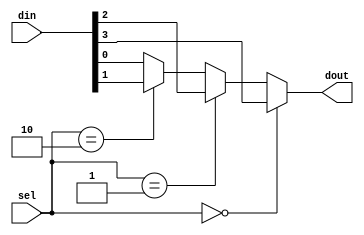
`timescale 1ns / 1ps
//////////////////////////////////////////////////////////////////////////////////
// Company: 
// Engineer: 
// 
// Design Name: 
// Module Name:    mux_4x1 
// Project Name: 
// Target Devices: 
// Tool versions: 
// Description: 
//
// Dependencies: 
//
// Revision: 
// Revision 0.01 - File Created
// Additional Comments: 
//
//////////////////////////////////////////////////////////////////////////////////
module mux_4x1( din ,sel ,dout );

output dout ;
reg dout ;

input [3:0] din ;
wire [3:0] din ;
input [1:0] sel ;
wire [1:0] sel ;

always @ (din or sel) begin
 if (sel==0)
  dout = din[3];
 else if (sel==1)
  dout = din[2];
 else if (sel==2)
  dout = din[1];
 else
  dout = din[0];
end
endmodule

module mux_3x8(in,out,sel);
 
input [7:0]in;
input [2:0]sel;
output out;
 
reg out;
wire [2:0]sel;
wire [7:0]in;
 
always @(sel or in)
begin
 
if (sel==0)
out = in[0];
if (sel==1)
out = in[1];
if (sel==2)
out = in[2];
if (sel==3)
out = in[3];
if (sel==4)
out = in[4];
if (sel==5)
out = in[5];
if (sel==6)
out = in[6];
if (sel==7)
out = in[7];
end
 
endmodule